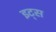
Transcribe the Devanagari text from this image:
इट्‍स